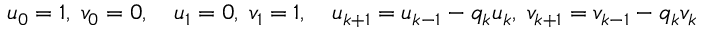
u _ { 0 } = 1 , \; v _ { 0 } = 0 , \quad u _ { 1 } = 0 , \; v _ { 1 } = 1 , \quad u _ { k + 1 } = u _ { k - 1 } - q _ { k } u _ { k } , \; v _ { k + 1 } = v _ { k - 1 } - q _ { k } v _ { k }